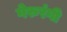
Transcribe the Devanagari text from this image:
गेरुरंगी